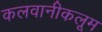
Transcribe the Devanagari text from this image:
कलवानीकलूम